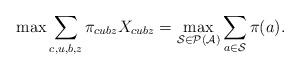
LaTeX: \begin{align*}\max \sum_{c,u,b,z}\pi_{cubz}X_{cubz} = \max_{\mathcal{S} \in \mathcal{P}(\mathcal{A})} \sum_{a \in \mathcal{S}}\pi(a).\end{align*}